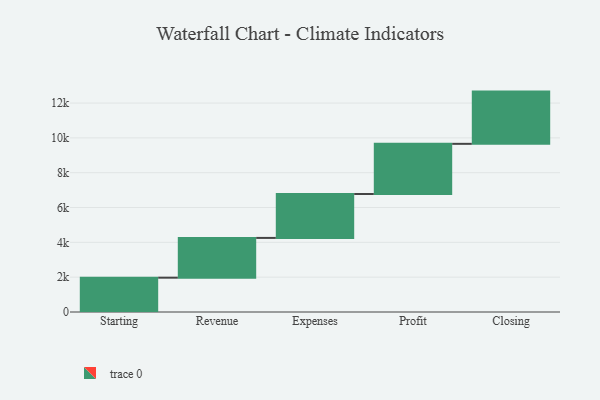
{"axis": {"x": "Step", "y": "Value"}, "legend": [""], "data": [{"x": "Starting", "y": 1971.0, "type": ""}, {"x": "Revenue", "y": 2284.0, "type": ""}, {"x": "Expenses", "y": 2523.0, "type": ""}, {"x": "Profit", "y": 2880.0, "type": ""}, {"x": "Closing", "y": 3000, "type": ""}]}